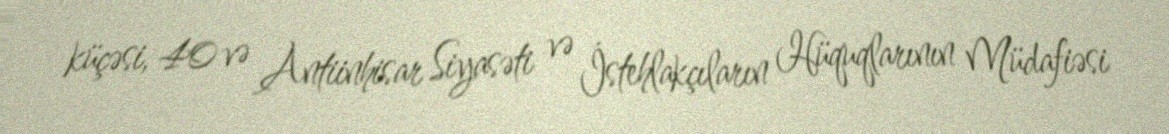
küçəsi, 40 və Antiinhisar Siyasəti və İstehlakçıların Hüquqlarının Müdafiəsi